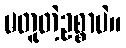
မတူတဲ့ဥစ္စာပဲ။